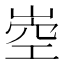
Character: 𡹝